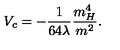
V _ { c } = - \frac { 1 } { 6 4 \lambda } \frac { m _ { H } ^ { 4 } } { m ^ { 2 } } .